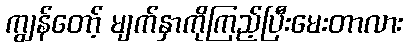
ကျွန်တော့် မျက်နှာကိုကြည့်ပြီးမေးတာလား